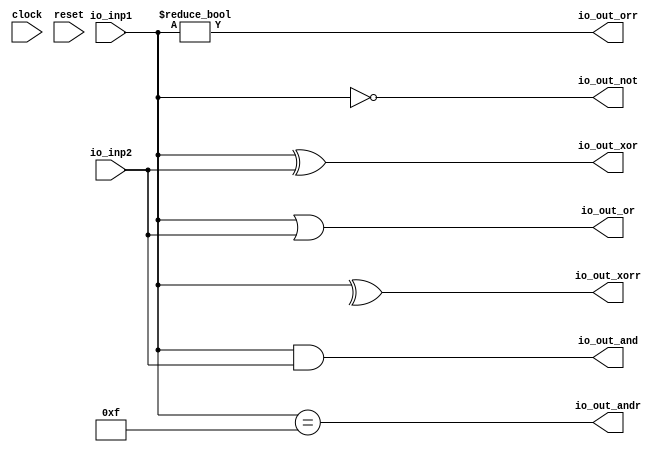
module SimpleBitOps(
  input        clock,
  input        reset,
  input  [3:0] io_inp1,
  input  [3:0] io_inp2,
  output [3:0] io_out_and,
  output       io_out_andr,
  output [3:0] io_out_xor,
  output       io_out_xorr,
  output [3:0] io_out_or,
  output       io_out_orr,
  output [3:0] io_out_not
);
  assign io_out_and = io_inp1 & io_inp2; // @[SimpleBitOps.scala 32:14]
  assign io_out_andr = io_inp1 == 4'hf; // @[SimpleBitOps.scala 36:15]
  assign io_out_xor = io_inp1 ^ io_inp2; // @[SimpleBitOps.scala 33:14]
  assign io_out_xorr = ^io_inp1; // @[SimpleBitOps.scala 37:15]
  assign io_out_or = io_inp1 | io_inp2; // @[SimpleBitOps.scala 34:14]
  assign io_out_orr = io_inp1 != 4'h0; // @[SimpleBitOps.scala 38:15]
  assign io_out_not = ~ io_inp1; // @[SimpleBitOps.scala 40:14]
endmodule